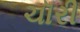
ચૉરી